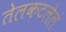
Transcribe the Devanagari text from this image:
तेलकटलेलं